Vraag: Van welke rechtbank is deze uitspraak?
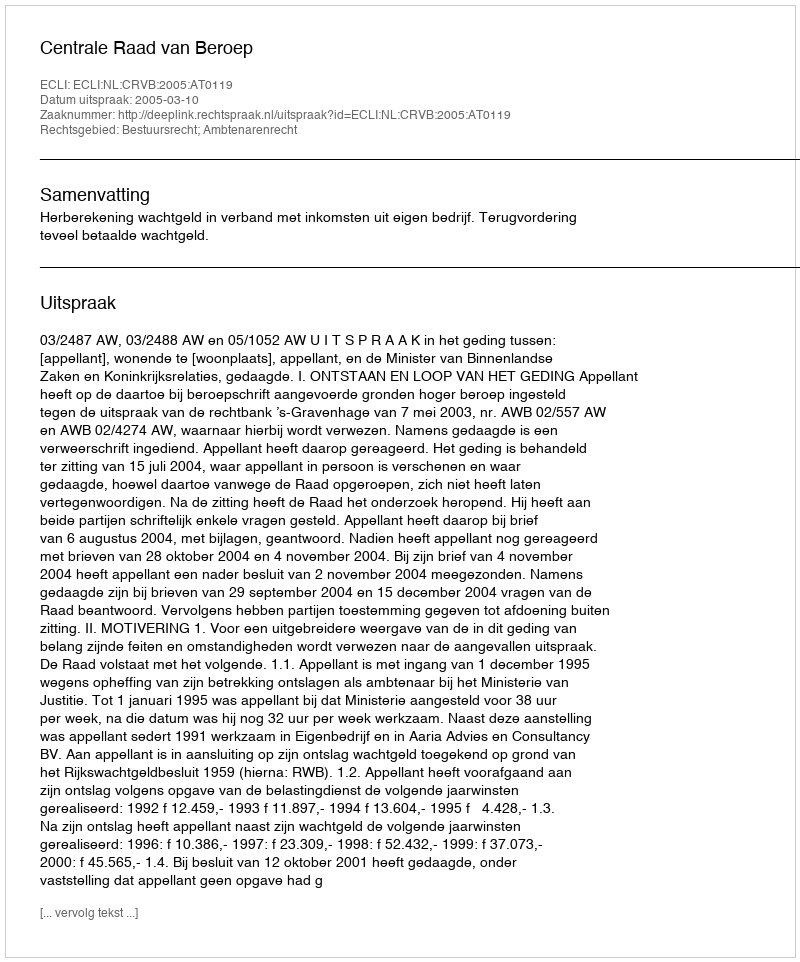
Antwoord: Centrale Raad van Beroep